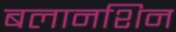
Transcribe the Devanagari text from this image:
बलानशिन